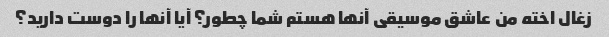
زغال اخته من عاشق موسیقی آنها هستم شما چطور؟ آیا آنها را دوست دارید؟